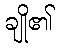
ချို၏